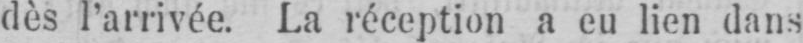
dès I’arrivée. La réception a eu lien dans